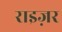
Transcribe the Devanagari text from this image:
राइज़र